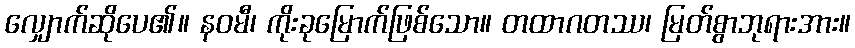
လျှောက်ဆိုပေ၏။ နဝမီ၊ ကိုးခုမြောက်ဖြစ်သော။ တထာဂတဿ၊ မြတ်စွာဘုရားအား။